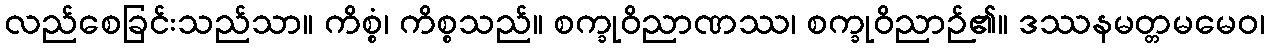
လည်စေခြင်းသည်သာ။ ကိစ္စံ၊ ကိစ္စသည်။ စက္ခုဝိညာဏဿ၊ စက္ခုဝိညာဉ်၏။ ဒဿနမတ္တမမေဝ၊